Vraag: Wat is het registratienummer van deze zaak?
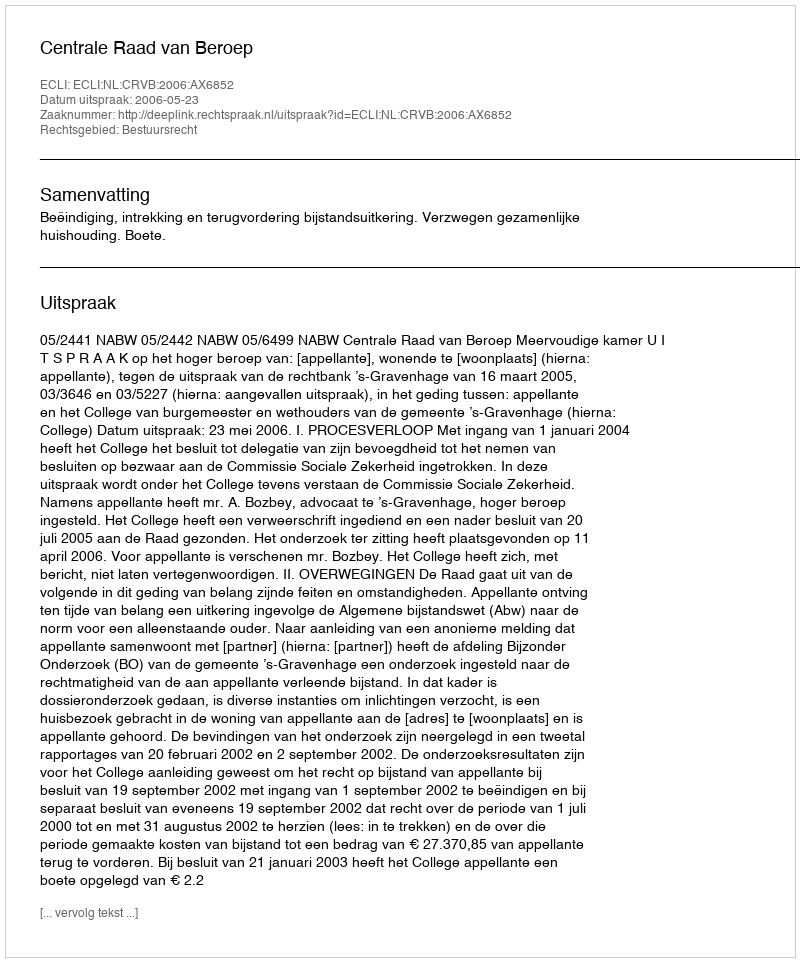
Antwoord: http://deeplink.rechtspraak.nl/uitspraak?id=ECLI:NL:CRVB:2006:AX6852